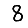
Digit: 8